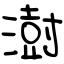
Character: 澍